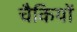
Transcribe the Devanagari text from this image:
चैकियों